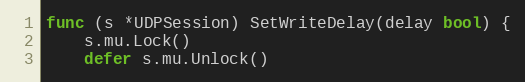
Language: Go
func (s *UDPSession) SetWriteDelay(delay bool) {
	s.mu.Lock()
	defer s.mu.Unlock()